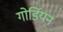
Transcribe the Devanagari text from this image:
गोर्डियन